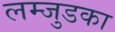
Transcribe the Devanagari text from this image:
लम्जुडका